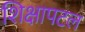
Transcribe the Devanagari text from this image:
शिक्षापटल